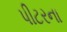
પીટરના